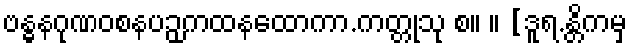
ဗန္ဓနဂုဏဝစနပဉှကထနထောကာ.ကတ္တုသု စ။ ။ [ဒူရ.န္တိကမှ